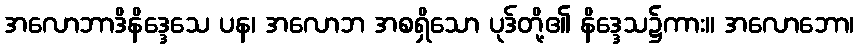
အလောဘာဒိနိဒ္ဒေသေ ပန၊ အလောဘ အစရှိသော ပုဒ်တို့၏ နိဒ္ဒေသ၌ကား။ အလောဘော၊